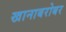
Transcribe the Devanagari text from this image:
खानाबरोबर